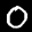
Label: 0